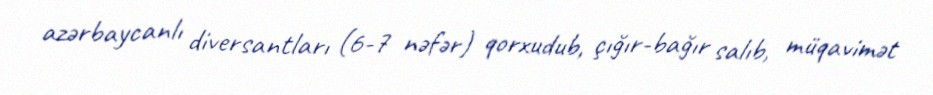
azərbaycanlı diversantları (6-7 nəfər) qorxudub, çığır-bağır salıb, müqavimət